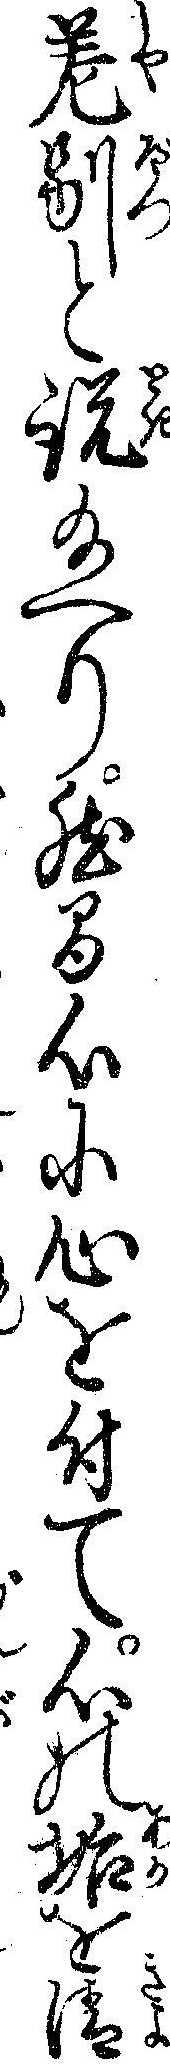
差別と説給へり然間心に心を付て心の垢を清